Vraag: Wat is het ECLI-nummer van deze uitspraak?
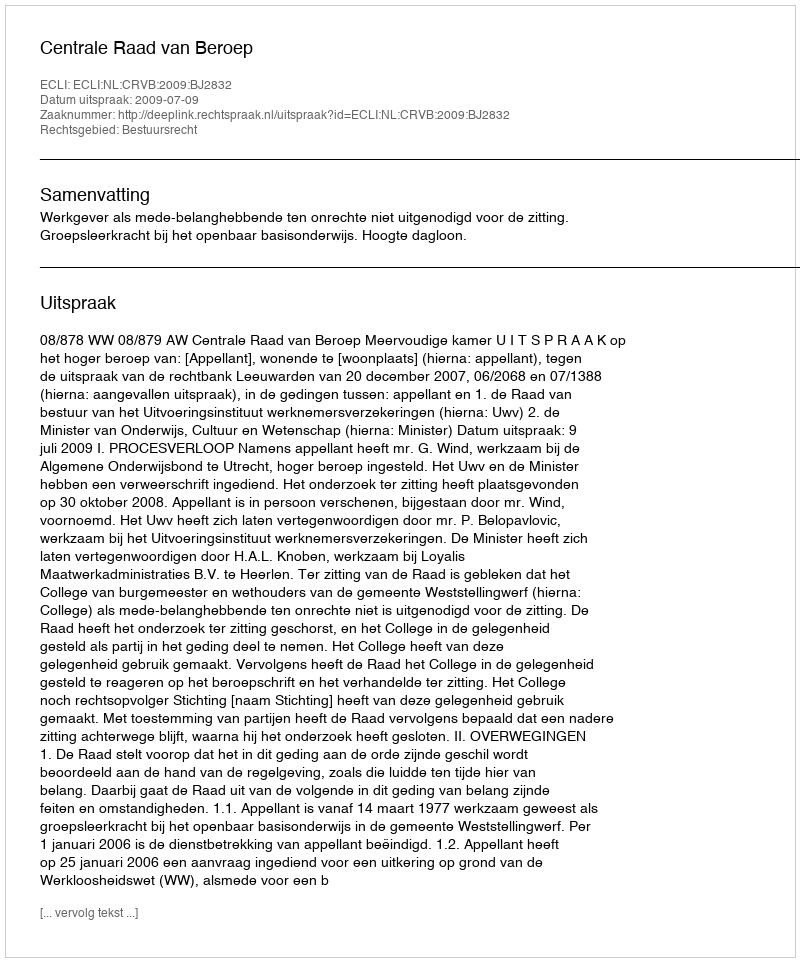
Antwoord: ECLI:NL:CRVB:2009:BJ2832